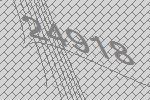
24918